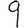
Digit: 9